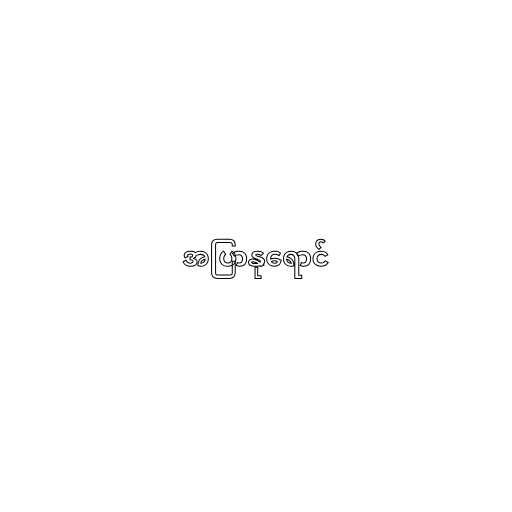
အပြာနုရောင်